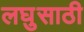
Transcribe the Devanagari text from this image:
लघुसाठी